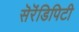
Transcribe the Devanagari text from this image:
सॆरॆंडिपिटी